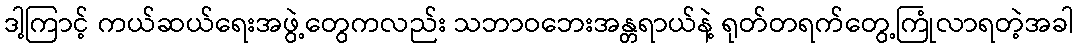
ဒါ့ကြာင့် ကယ်ဆယ်ရေးအဖွဲ့တွေကလည်း သဘာဝဘေးအန္တရာယ်နဲ့ ရုတ်တရက်တွေ့ကြုံလာရတဲ့အခါ